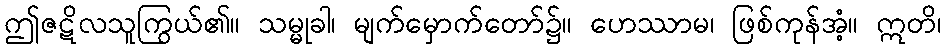
ဤဇဋိလသူကြွယ်၏။ သမ္မုခါ၊ မျက်မှောက်တော်၌။ ဟေဿာမ၊ ဖြစ်ကုန်အံ့။ ဣတိ၊